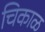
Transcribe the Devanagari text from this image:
चिकाळ